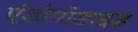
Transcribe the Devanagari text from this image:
एंडोपोडाइड